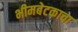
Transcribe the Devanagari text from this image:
भीमबेटकाचा